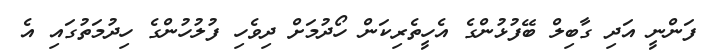
ފަންނީ އަދި ގާބިލް ބޭފުޅުންގެ އެހީތެރިކަން ހޯދުމަށް ދިވެހި ފުލުހުންގެ ހިދުމަތުގައި އެ